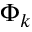
\Phi _ { k }